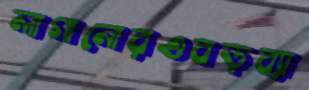
লাগানোরওবড়ব্যা